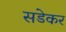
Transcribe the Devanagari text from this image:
सडेकर